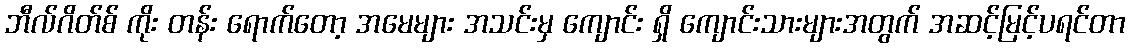
ဘီလ်ဂိတ်စ် ကိုး တန်း ရောက်တော့ အမေများ အသင်းမှ ကျောင်း ရှိ ကျောင်းသားများအတွက် အဆင့်မြင့်ပရင်တာ